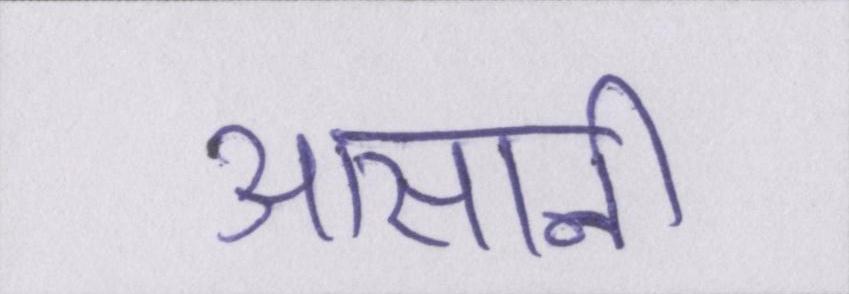
आसानी